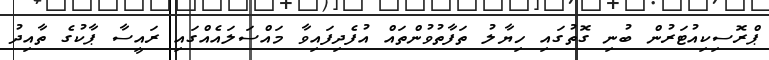
ޕްރޮސިކިއުޓަރުން ބުނި ގޮތުގައި ހިޔާލު ތަފާތުވުންތައް އުފެދިފައިވާ މައްސަލައެއްގައި ރައީސާ ޕާކުގެ ތާއިދު